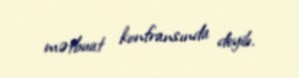
mətbuat konfransında deyib.